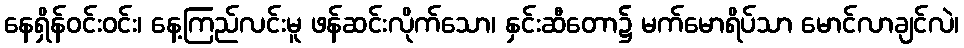
နေရှိန်ဝင်းဝင်း၊ နေ့ကြည်လင်းမူ ဖန်ဆင်းလိုက်သော၊ နှင်းဆီတော၌ မက်မောရိပ်သာ မောင်လာချင်လဲ၊